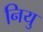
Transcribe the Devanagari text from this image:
नियु